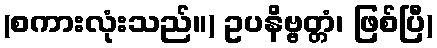
(စကားလုံးသည်။) ဥပနိဗ္ဗတ္တံ၊ ဖြစ်ပြီ)